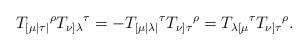
\begin{align*}T_{[\mu \mid \tau \mid }{}^{\rho }T_{\nu ]\lambda }{}^{\tau }=-T_{[\mu \mid\lambda \mid }{}^{\tau }T_{\nu ]\tau }{}^{\rho }=T_{\lambda \lbrack \mu}{}^{\tau }T_{\nu ]\tau }{}^{\rho }. \end{align*}